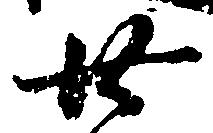
廿